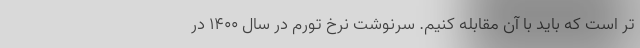
تر است که باید با آن مقابله کنیم. سرنوشت نرخ تورم در سال ۱۴۰۰ در